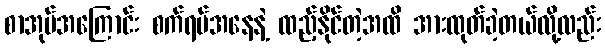
စာအုပ်အကြောင်း စက်ရပ်အနေနဲ့ ထည့်နိုင်တဲ့အထိ အားထုတ်ခဲ့တယ်လို့လည်း